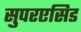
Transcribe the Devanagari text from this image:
सुपरएसिड